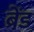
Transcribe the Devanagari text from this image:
ब्रेंड